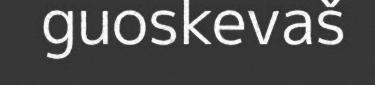
guoskevaš